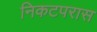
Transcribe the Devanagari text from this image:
निकटपरास